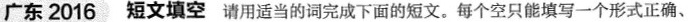
广东 2016 短文填空 请用适当的词完成下面的短文.每个空只能填写一个形式正确、